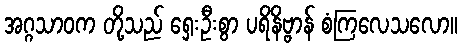
အဂ္ဂသာဝက တို့သည် ရှေးဦးစွာ ပရိနိဗ္ဗာန် စံကြလေသလော။